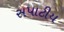
સપાટીય